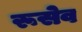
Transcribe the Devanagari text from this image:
रूसेव